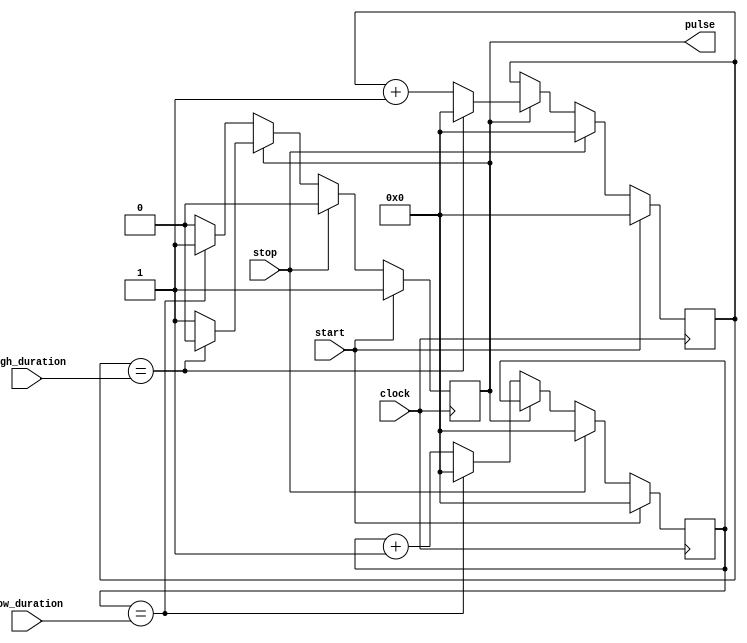
module DutyCyclePulseGenerator (
  input start,
  input stop,
  input [7:0] high_duration,
  input [7:0] low_duration,
  input clock,
  output reg pulse
);

reg [7:0] counter_high;
reg [7:0] counter_low;
reg pulse_state;

always @(posedge clock) begin
  if(start) begin
    counter_high <= 0;
    counter_low <= 0;
    pulse_state <= 1'b1;
  end else if(stop) begin
    counter_high <= 0;
    counter_low <= 0;
    pulse_state <= 1'b0;
  end else begin
    if(pulse_state == 1'b1) begin
      counter_high <= counter_high + 1;
      if(counter_high == high_duration) begin
        counter_high <= 0;
        pulse_state <= 1'b0;
      end
    end else begin
      counter_low <= counter_low + 1;
      if(counter_low == low_duration) begin
        counter_low <= 0;
        pulse_state <= 1'b1;
      end
    end
  end
end

assign pulse = pulse_state;

endmodule